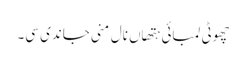
چھوٹی لمبائی ہتھاں نال مِنی جاندی سی۔